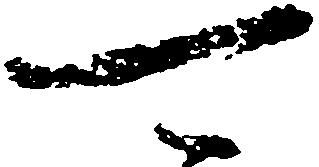
可